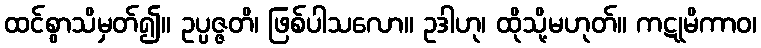
ထင်စွာသိမှတ်၍။ ဥပ္ပဇ္ဇတိ၊ ဖြစ်ပါသလော။ ဥဒါဟု၊ ထိုသို့မဟုတ်။ ကဋုမိကာဝ၊